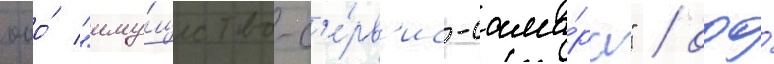
ооо́ "иму́щество-с'е́рв'ис-сама́ра" / ооо́